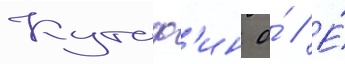
Кутаф'ин о́ // Е́